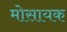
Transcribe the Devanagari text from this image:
मोसायक